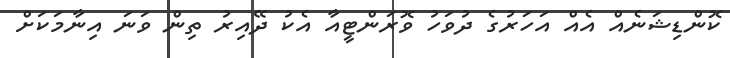
ކޮންޑިޝަނެއް އެއް އަހަރުގެ ދުވަހު ވޮރަންޓީއާ އެކު ދޭއިރު ތިން ވަނަ އިނާމަކަށް